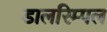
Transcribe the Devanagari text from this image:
डालरिम्पल